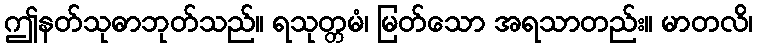
ဤနတ်သုဓာဘုတ်သည်။ ရသုတ္တမံ၊ မြတ်သော အရသာတည်း။ မာတလိ၊